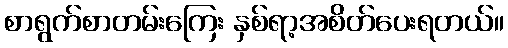
စာရွက်စာတမ်းကြေး နှစ်ရာ့အစိတ်ပေးရတယ်။